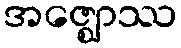
အဇ္ဈောဿ